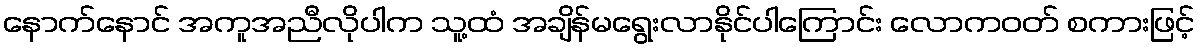
နောက်နောင် အကူအညီလိုပါက သူ့ထံ အချိန်မရွေးလာနိုင်ပါကြောင်း လောကဝတ် စကားဖြင့်